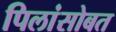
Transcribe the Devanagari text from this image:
पिलांसोबत